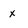
Character: x